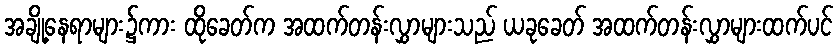
အချို့နေရာများ၌ကား ထိုခေတ်က အထက်တန်းလွှာများသည် ယခုခေတ် အထက်တန်းလွှာများထက်ပင်